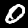
Digit: 0